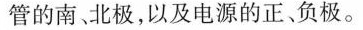
管的南。北极，以及电源的正、负极。